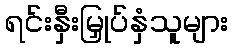
ရင်းနှီးမြှုပ်နှံသူများ